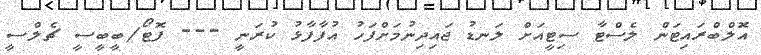
އޮލްބްރައިޓަން ލެސްޓާ ސިޓީއަށް ލަނޑު ޖައިދިނުމަށްފަހު އުފާފާޅު ކުރަނީ --- ފޮޓޯ/ބީބީސީ ޗެލްސީ